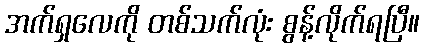
အက်ရှလေကို တစ်သက်လုံး စွန့်လိုက်ရပြီ။